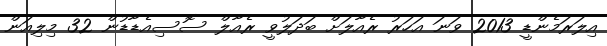
އިލަރަމެންޑީ 2013 ވަނަ އަހަރު ރެއާލަށް ބަދަލުވީ ރެއާލް ސޮސިއެޑާޑުން 32 މިލިއަން